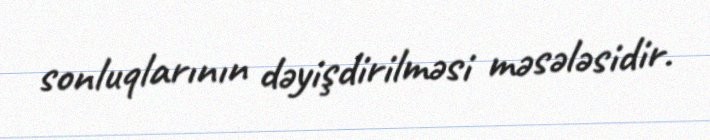
sonluqlarının dəyişdirilməsi məsələsidir.